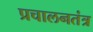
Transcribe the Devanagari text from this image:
प्रचालनतंत्र